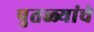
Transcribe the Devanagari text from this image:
पुतळ्यांचे